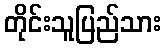
တိုင်းသူပြည်သား